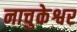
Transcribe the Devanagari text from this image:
नाचुकेश्वर